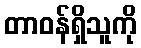
တာဝန်ရှိသူကို